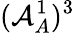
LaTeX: (\mathcal{A}_{A}^{1})^{3}